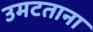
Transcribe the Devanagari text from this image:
उमटताना